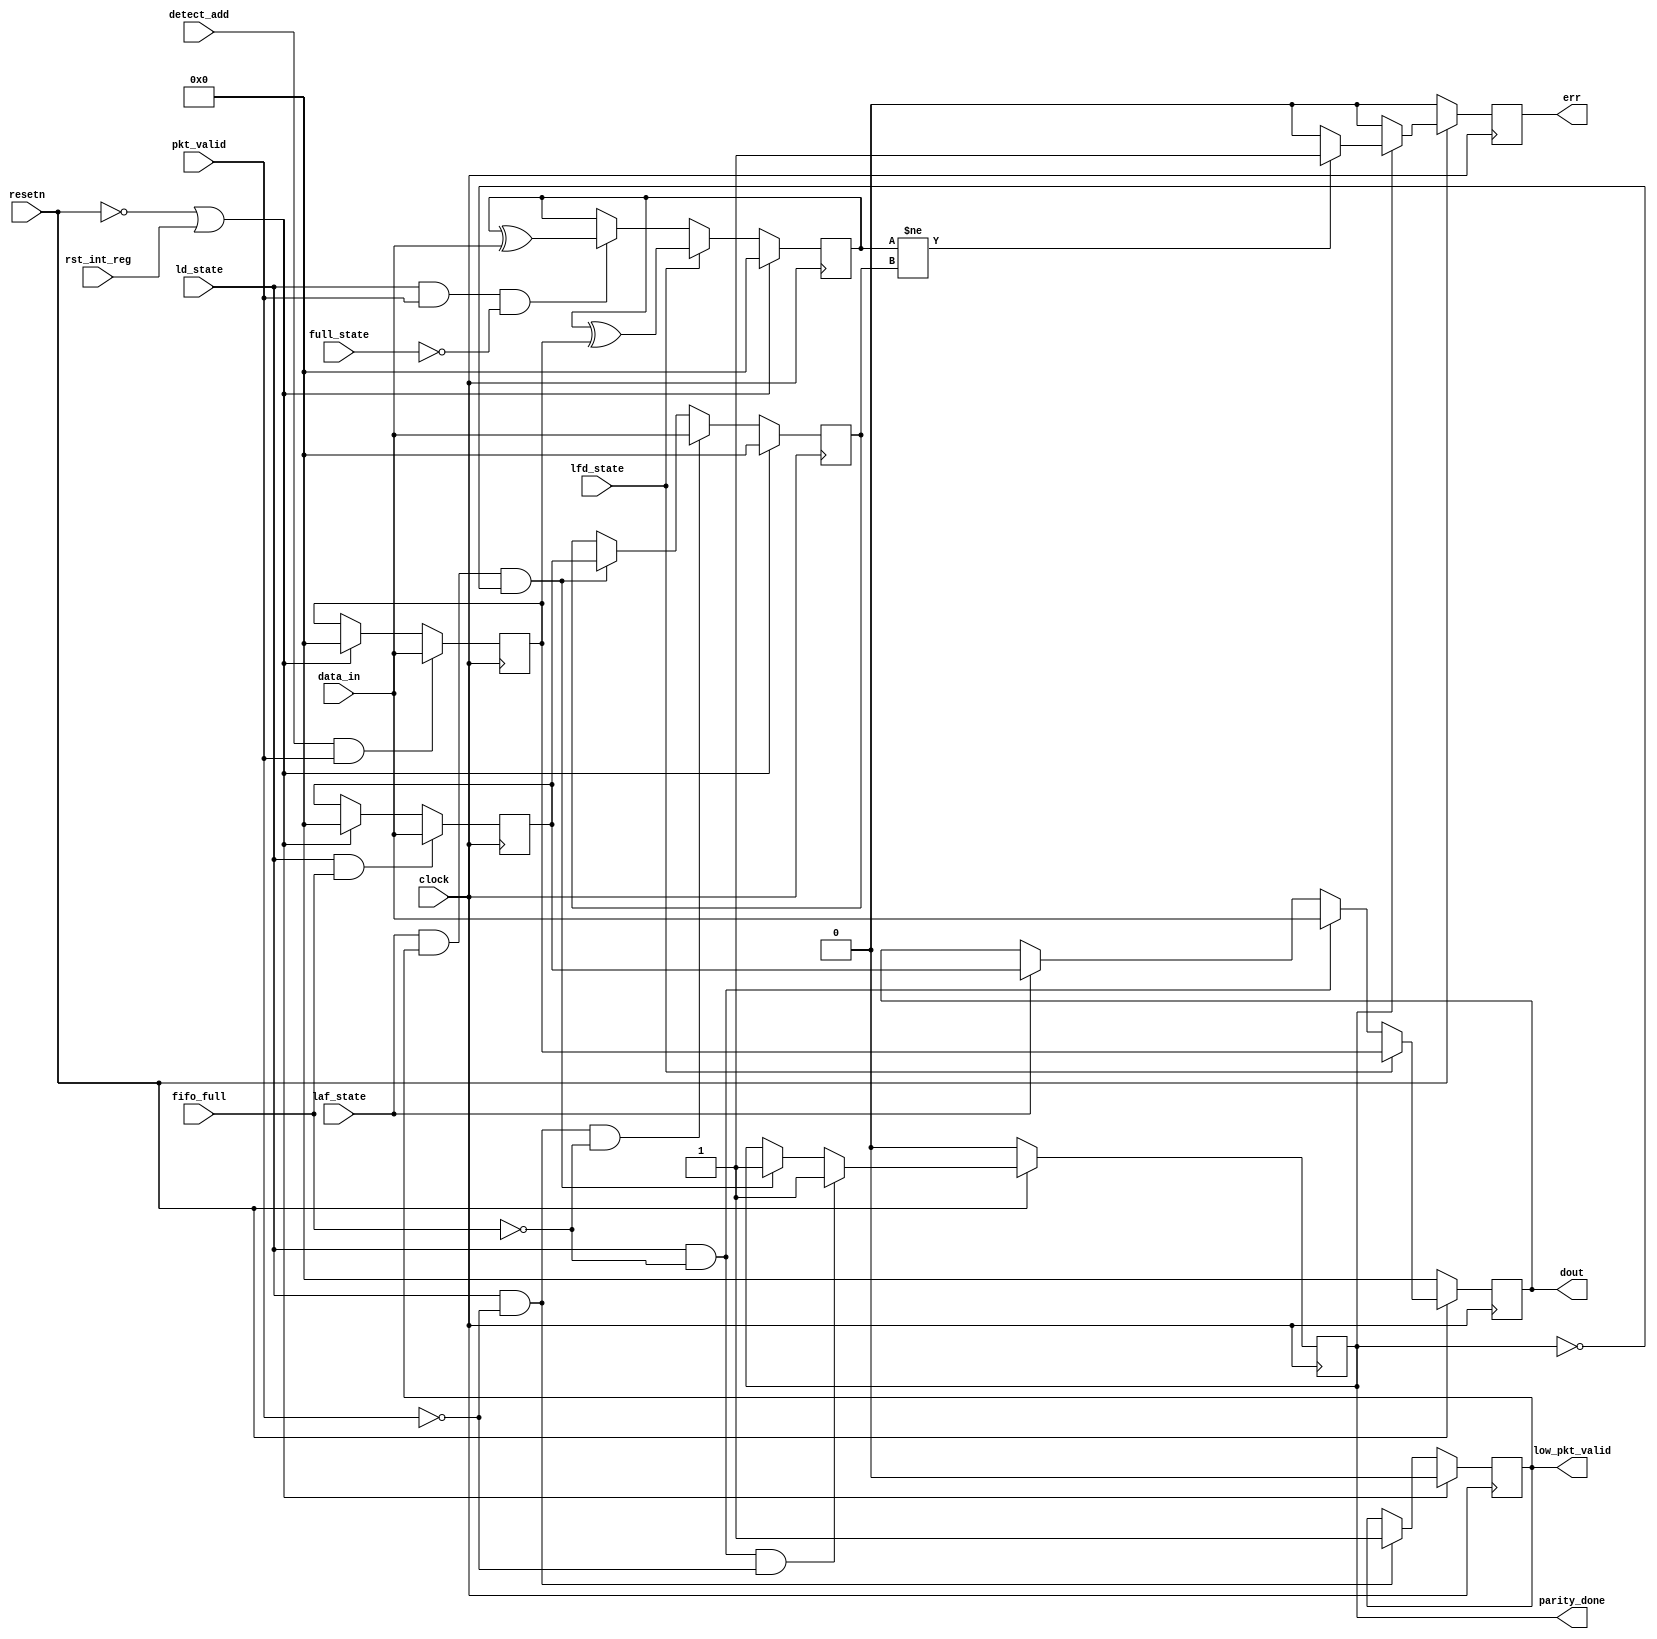
module router_reg(input clock,resetn,pkt_valid,fifo_full,detect_add,ld_state,laf_state,full_state,lfd_state,rst_int_reg,
		   input [7:0] data_in,
		   output reg err,parity_done,low_pkt_valid,
		   output reg [7:0] dout);

reg [7:0] hold_header_byte,fifo_full_state_byte,internal_parity,packet_parity_byte;


//Logic for hold header byte 
always @(posedge clock)
begin
	if(~resetn || rst_int_reg)
		hold_header_byte <= 8'b0;
	if(detect_add && pkt_valid)
		hold_header_byte <= data_in;
end


//Logic for fifo full state byte
always @(posedge clock)
begin
	if(~resetn || rst_int_reg)
		fifo_full_state_byte <= 8'b0;
	if(ld_state && fifo_full)
		fifo_full_state_byte <= data_in;
end


//Logic for dout
always@(posedge clock)
begin
	if(!resetn)
		dout <= 8'b0;
	else if(lfd_state)
		dout <= hold_header_byte;
	else if(ld_state && ~fifo_full)
		dout <= data_in;
	else if(laf_state)
		dout <= fifo_full_state_byte;
end


//Logic for low packet valid
always@(posedge clock)
begin
	if(~resetn || rst_int_reg)
		low_pkt_valid <= 1'b0;
	else if(ld_state && ~pkt_valid)
		low_pkt_valid <= 1'b1;
end


//Logic for parity done
always@(posedge clock)
begin
	if(~resetn)
		parity_done <= 1'b0;	
	else if(ld_state && ~fifo_full && ~pkt_valid)
		parity_done <= 1'b1;
	else if(laf_state && low_pkt_valid && ~parity_done)
		parity_done <= 1'b1;
end
	

//Logic for internal parity
always@(posedge clock)
begin
	if(~resetn || rst_int_reg)
		internal_parity <= 8'b0;
	else if(lfd_state)
		internal_parity <= internal_parity ^ hold_header_byte;
	else if(ld_state && pkt_valid && ~full_state)
		internal_parity <= internal_parity ^ data_in;
end
	

//Logic for packet parity
always@(posedge clock)
begin
	if(~resetn || rst_int_reg)
		packet_parity_byte <= 8'b0;
	else if(ld_state && ~pkt_valid && ~fifo_full)
		packet_parity_byte <= data_in;
	else if(laf_state && low_pkt_valid && ~parity_done)
		packet_parity_byte <= fifo_full_state_byte;
end


//Logic for err
always@(posedge clock)
begin
	if(~resetn)
		err <= 1'b0;
	else if(parity_done)
	begin
		if(internal_parity != packet_parity_byte)
			err <= 1'b1;
		else
			err <= 1'b0;
	end
	else
		err <= 1'b0;
end

endmodule